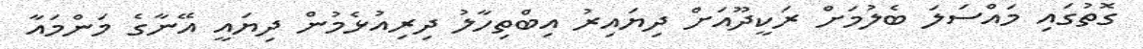
ގޮތުގައި މައްސަލަ ބެލުމަށް ރަކީދޫއަށް ދިޔައިރު އިބްތިހާލު ދިރިއުޅެމުން ދިޔައީ އޭނާގެ މަންމައާ